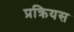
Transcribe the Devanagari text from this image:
प्रक्रियस